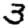
Digit: 3